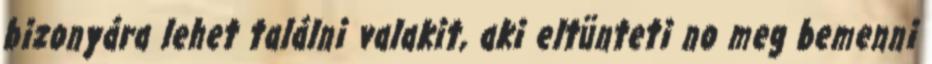
bizonyára lehet találni valakit, aki eltünteti no meg bemenni